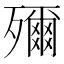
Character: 𭮤